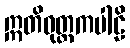
ဣတိဝုတ္တကပါဠိ